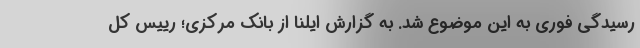
رسیدگی فوری به این موضوع شد. به گزارش ایلنا از بانک مرکزی؛ رییس کل